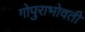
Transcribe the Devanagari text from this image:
गोपुराभोवती